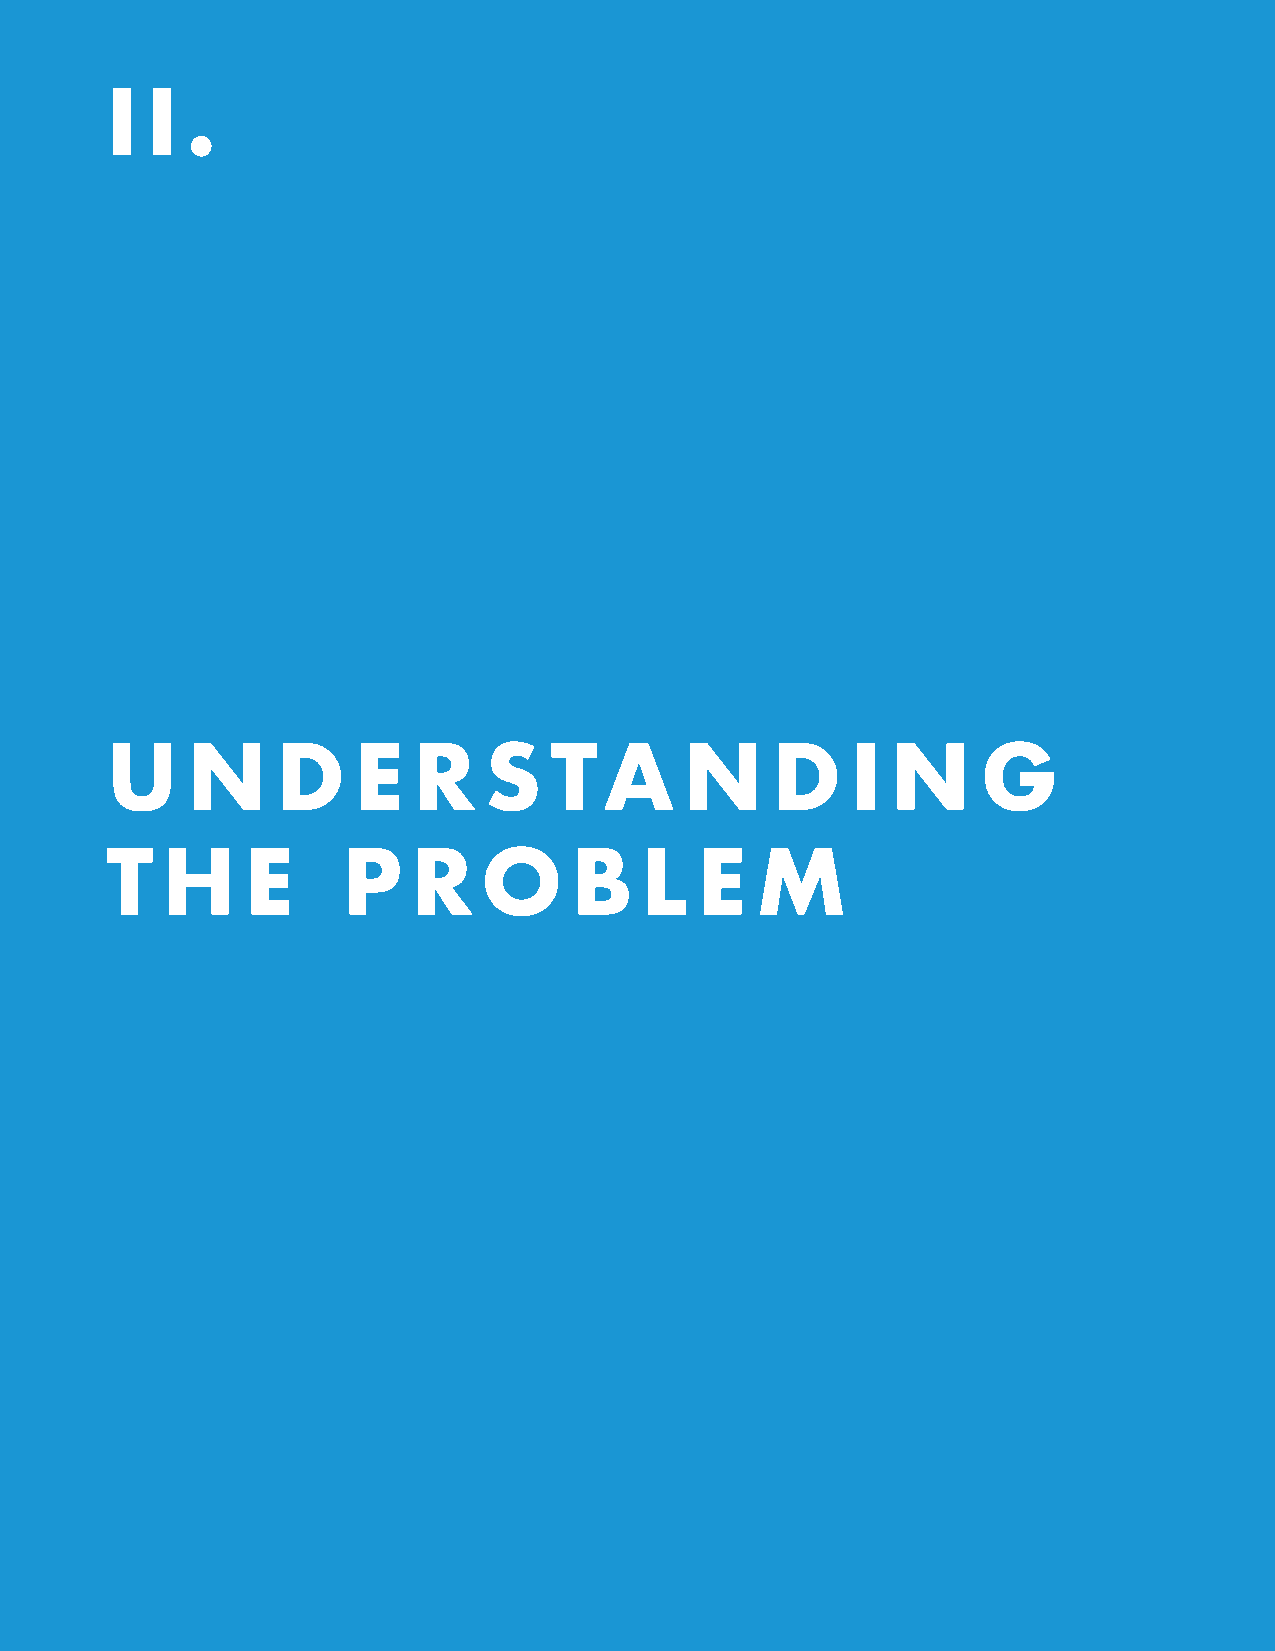
I  I .
 U    N     D    E   R    S   TA       N     D    I  N     G
 T   H    E      P   R    O     B   L   E   M